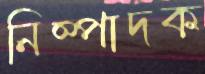
নিষ্পাদক